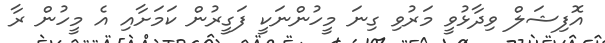
އޮފިޝަލް ވިދާޅުވީ މަރުވި ގިނަ މީހުންނަކީ ފަގީރުން ކަމަށާއި އެ މީހުން ރާ